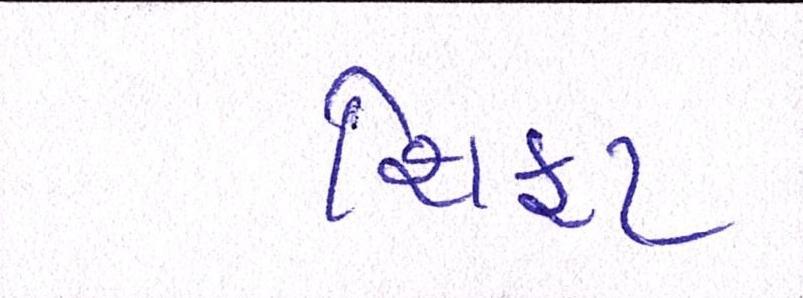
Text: શિફટ